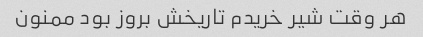
هر وقت شیر خریدم تاریخش بروز بود ممنون